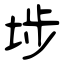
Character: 埗